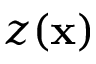
z ( \mathbf { x } )